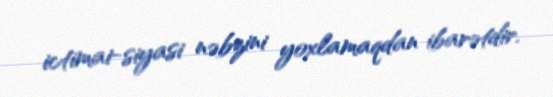
ictimai-siyasi nəbzini yoxlamaqdan ibarətdir.